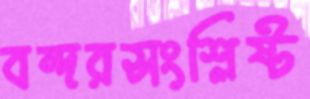
বন্দরসংশ্লিষ্ট